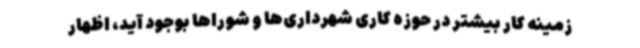
زمینه کار بیشتر در حوزه کاری شهرداری‌ها و شوراها بوجود آید، اظهار